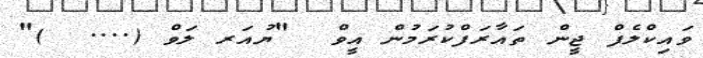
ވައިކްލެފް ޖީން ތައާރަފްކުރަމުން އީވް  "ޔުއަރ ލަވް (....  )"